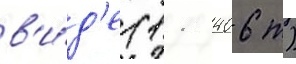
в'и́д'е (11 406 т)